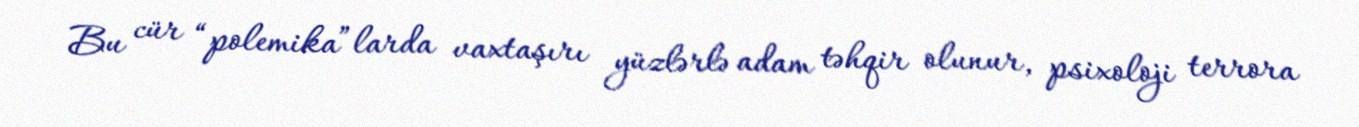
Bu cür “polemika”larda vaxtaşırı yüzlərlə adam təhqir olunur, psixoloji terrora